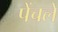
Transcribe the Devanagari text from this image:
पेंचले